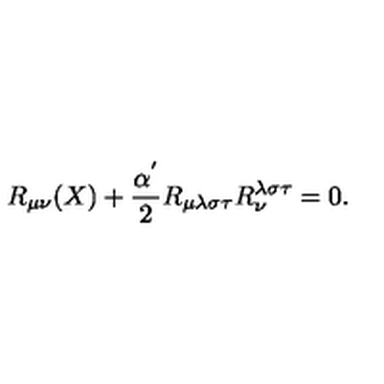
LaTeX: R _ { \mu \nu } ( X ) + \frac { \alpha ^ { ' } } { 2 } R _ { \mu \lambda \sigma \tau } R _ { \nu } ^ { \lambda \sigma \tau } = 0 .